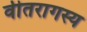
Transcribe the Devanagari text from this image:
वीतरागस्य